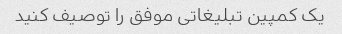
یک کمپین تبلیغاتی موفق را توصیف کنید